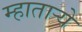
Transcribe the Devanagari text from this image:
म्हातार्‍ये